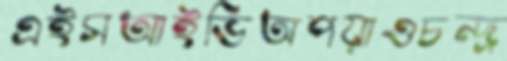
এইসআইভিঅপয়াওচন্দ্র